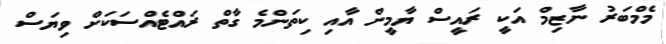
މެމްބަރު ނާޒިމް އަކީ ރައީސް ޔާމީން އާއި ކިތަންމެ ގާތް ރައްޓެއްސަކަށް ވިޔަސް